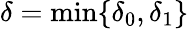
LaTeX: \delta=\operatorname*{min}\{ \delta_{0},\delta_{1}\}